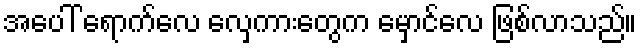
အပေါ် ရောက်လေ လှေကားတွေက မှောင်လေ ဖြစ်လာသည်။